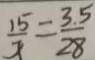
\frac { 1 5 } { x } = \frac { 3 . 5 } { 2 8 }